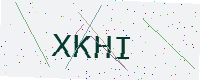
Text: XKHI